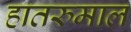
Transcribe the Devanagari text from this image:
हातरुमाल